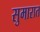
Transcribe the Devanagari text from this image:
सुमारात